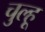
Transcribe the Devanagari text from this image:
चुल्हू